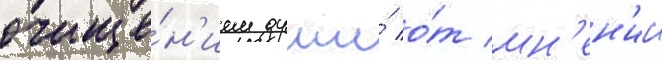
очище́н'ием души́ о́т мн'ен'ии